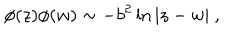
LaTeX: \phi ( z ) \phi ( w ) \sim - b ^ { 2 } \ln | z - w | ~ , ~ ~ ~